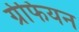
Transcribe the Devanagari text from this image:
ग्रेफियन